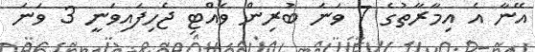
އޭނާ އެ އިމާރާތުގެ 7 ވަނަ ބުރިން ވެއްޓި ޖެހިފައިވަނީ 3 ވަނަ